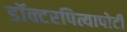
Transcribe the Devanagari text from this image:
डॉक्टरपित्यापोटी